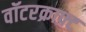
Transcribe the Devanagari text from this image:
वॉटरक्राफ़्ट